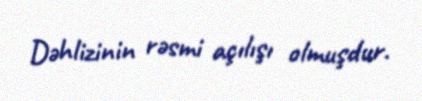
Dəhlizinin rəsmi açılışı olmuşdur.